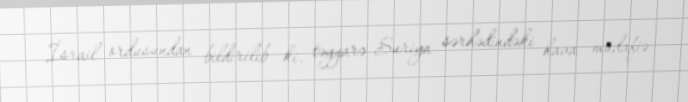
İsrail ordusundan bildirilib ki, təyyarə Suriya sərhədindəki hava müdafiə